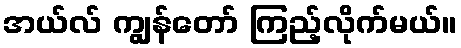
အယ်လ် ကျွန်တော် ကြည့်လိုက်မယ်။